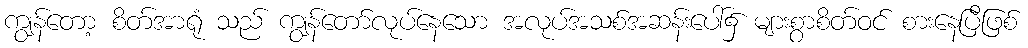
ကျွန်တော့ စိတ်အာရုံ သည် ကျွန်တော်လုပ်နေသော အလုပ်အသစ်အဆန်းပေါ်၌ များစွာစိတ်ဝင် စားနေပြီဖြစ်